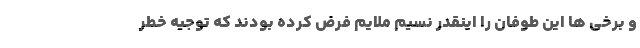
و برخی ها این طوفان را اینقدر نسیم ملایم فرض کرده بودند که توجیه خطر